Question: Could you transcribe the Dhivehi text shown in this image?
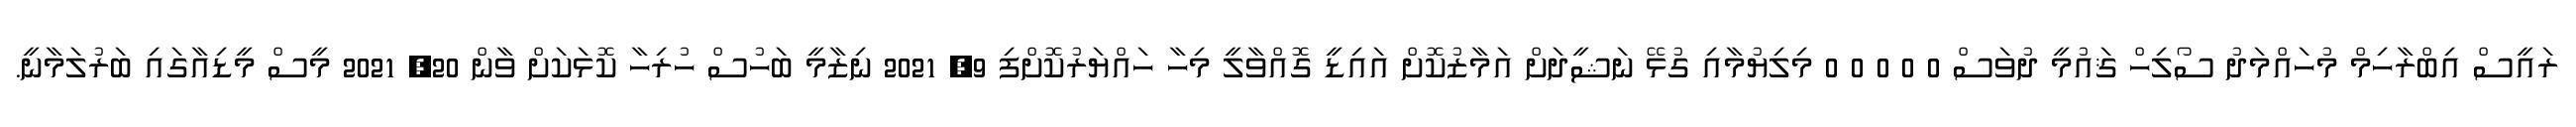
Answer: ރައީސް އިބްރާހިމް މުހައްމަދު ސޯލިހް ޤައުމީ ދުވަސް 0 0 0 0 0 މިލިޔުމާއި ގުޅޭ ނަޝީދަށް އަމާޒުކޮށް އައިޑީ ގޮއްވާލީ މިހާ ހައްޔަރުކޮށްފި 9, 2021 ނިޒާމީ ބަހުސް ހުރިހާ ކޮޅަކަށް ވާން 20, 2021 މީސް މީޑިއާގައި ބަރުލަމާނީ.